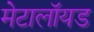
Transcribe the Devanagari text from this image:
मेटालॉयड